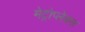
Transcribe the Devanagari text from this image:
मेट्रोप्लेक्स